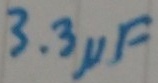
Text: 3.3µF